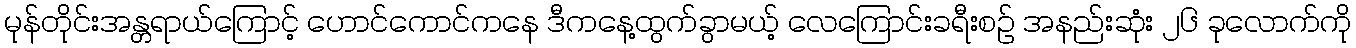
မုန်တိုင်းအန္တရာယ်ကြောင့် ဟောင်ကောင်ကနေ ဒီကနေ့ထွက်ခွာမယ့် လေကြောင်းခရီးစဉ် အနည်းဆုံး ၂၆ ခုလောက်ကို